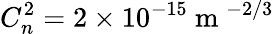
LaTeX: C_{n}^{2}=2\times 10^{-15}\mathrm{~m~}^{-2/3}